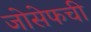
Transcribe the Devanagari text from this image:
जोसेफची